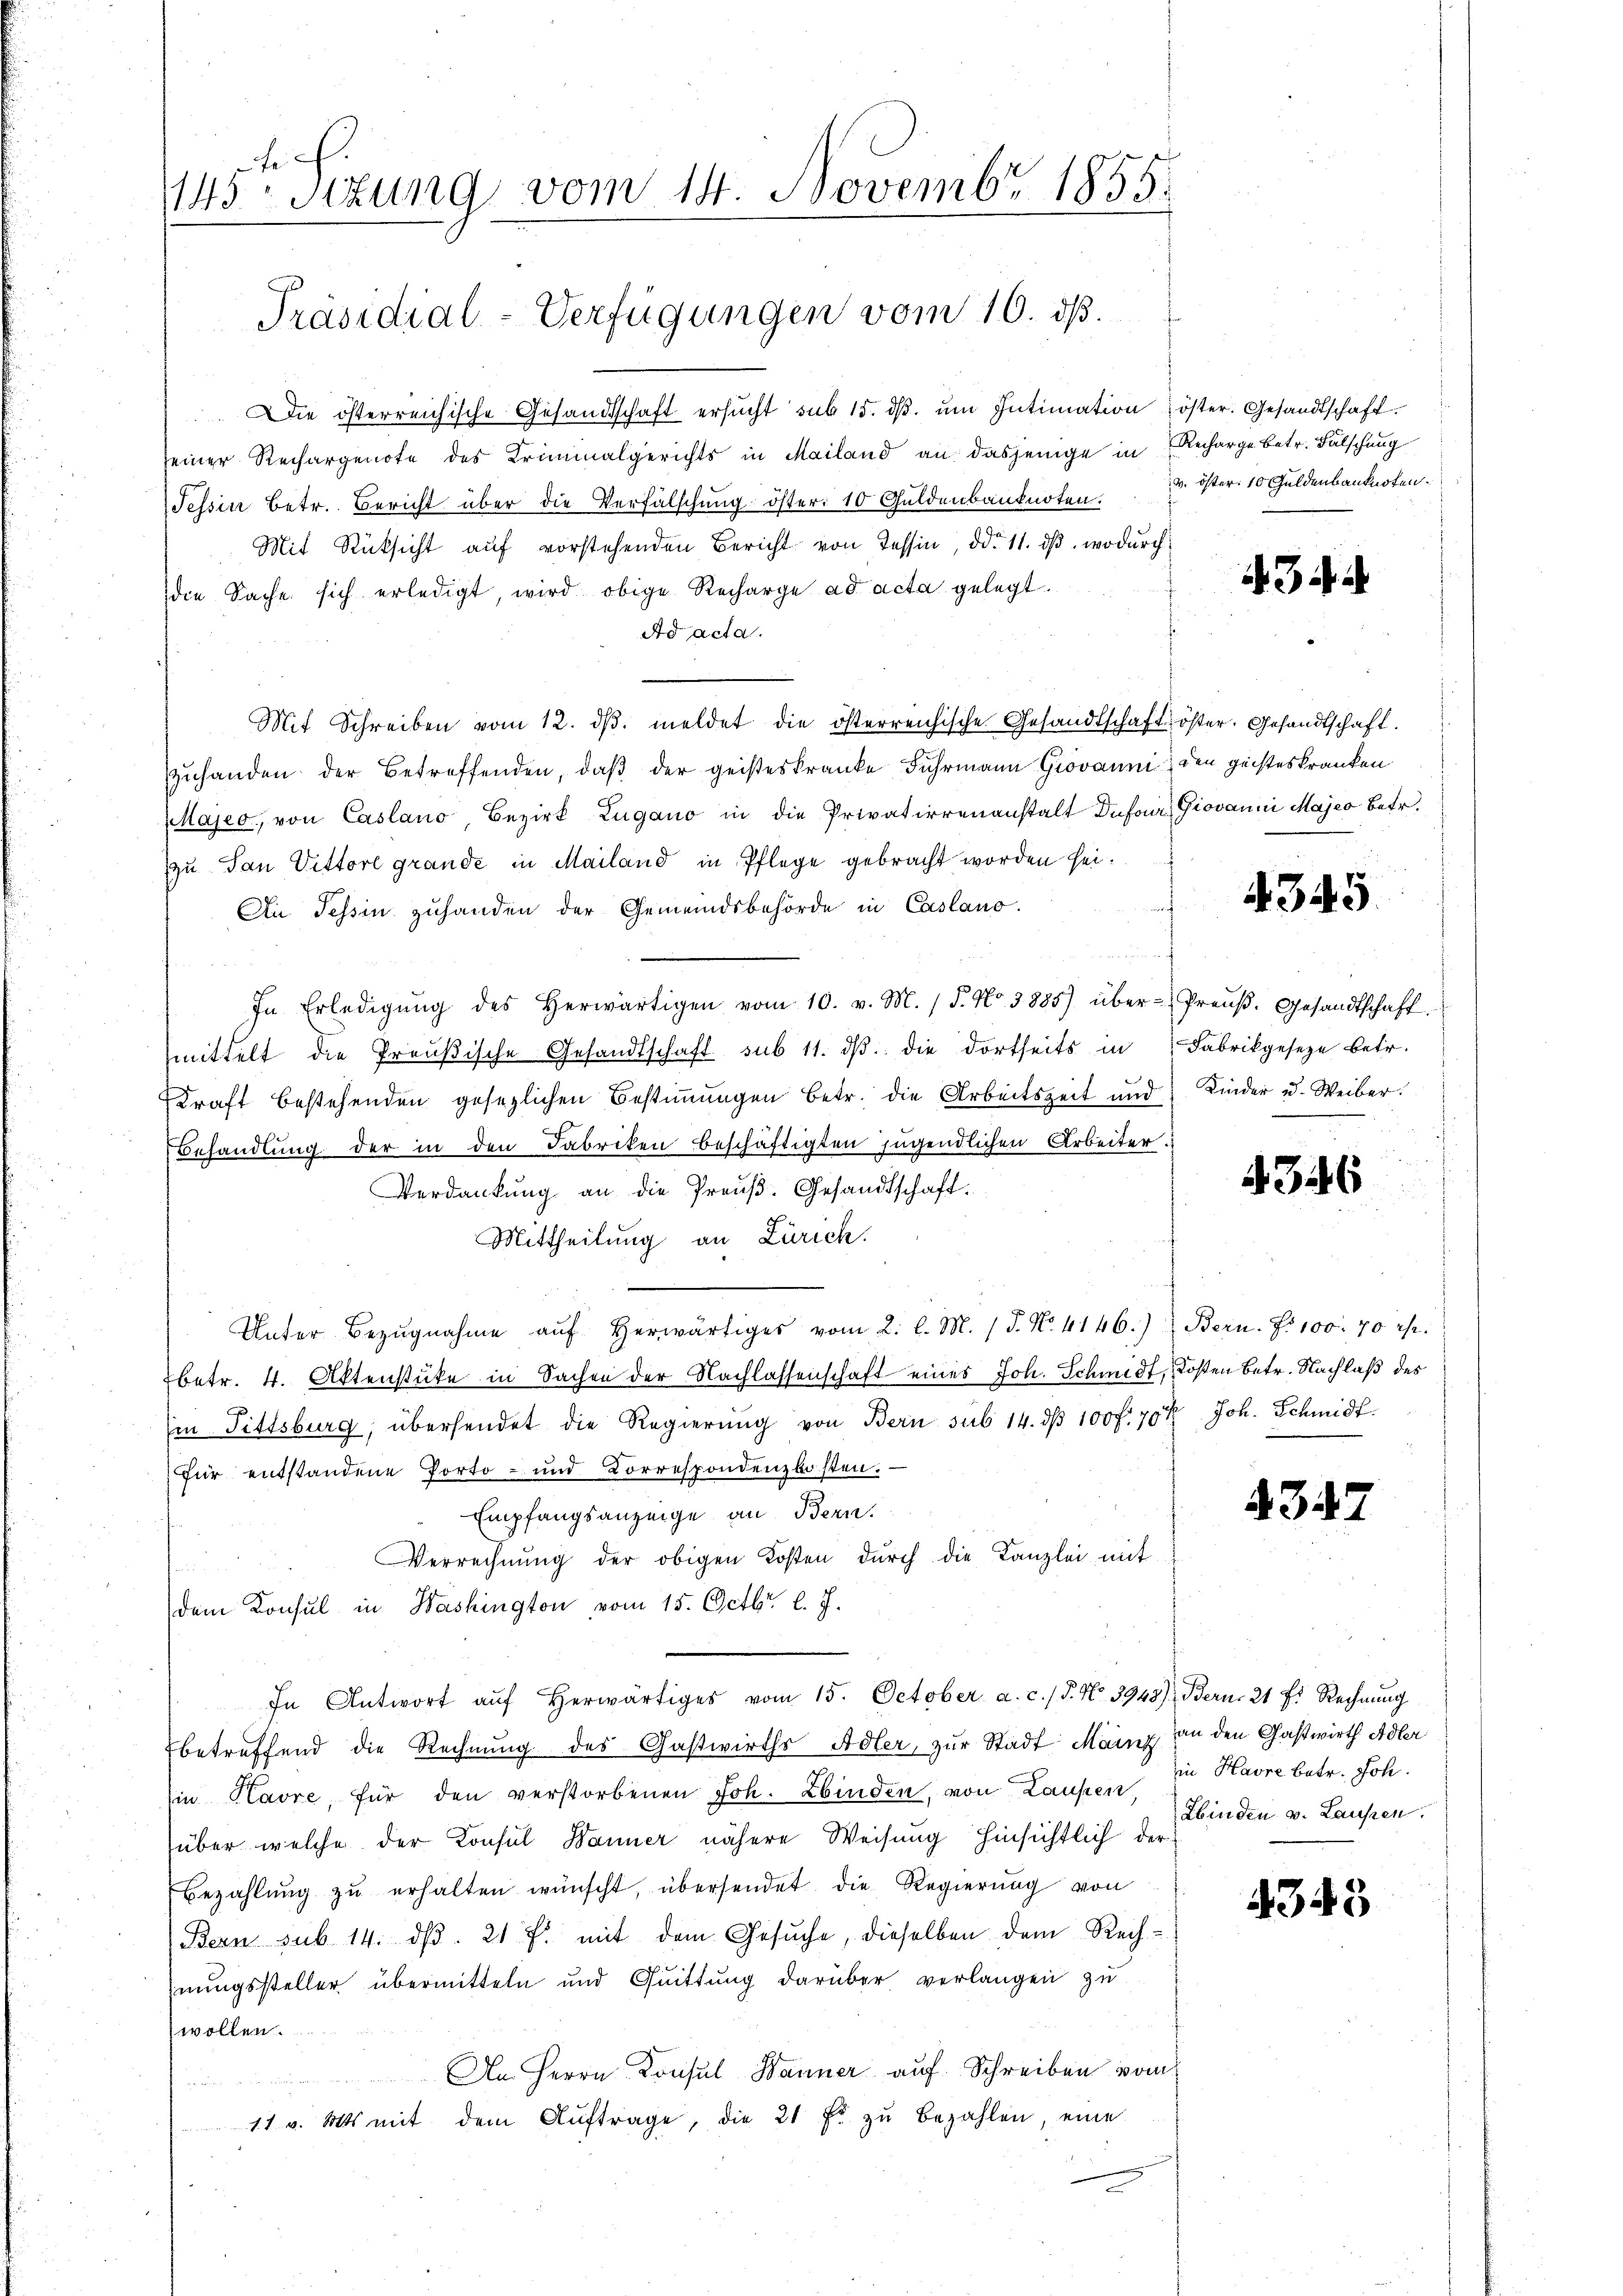
145ten Sizung vom 14. Novembr 1855.

Präsidial-Verfügungen vom 10. dß.

.Die österreichische Gesandtschaft ersŭcht sub 15. dβ. ŭm Intimation öster. Gesandtschaft.
einer Rechargenote des Kriminalgerichts in Mailand an dasjenige in Recharge betr. Fälschung
Tessin Betr. Bericht über die Verfälschung öster: 10 Guldenbanknoten. 3. Oster. 10 Guldenbanknoten.
Mit Rücksicht auf vorstehenden Bericht von Tessin, ddo 11. ds. wodurch
die Sache sich erledigt, wird obige Recharge ad acta gelegt.
Ad acta.
Mit Schreiben vom 12. dβ. meldet die österreichische Gesandtschaft öster. Gesandtschaft.
zuhanden der Betreffenden, daß der geisteskranke Fuhrmann Grovanni den geisteskranken
Majeo, von Casano Bezirk Lugano in die Privatierenanstalt Dufour, Giovanni Majes betr.
zu San Vittore grande in Mailand in Pflege gebracht worden sei.
f
An Tessin zuhanden der Gemeindsbehörde in Caslano.
In Erledigŭng des herwärtigen vom 10. v. M. (T. No. 3885) über-Preŭβ. Gesandtschaft.
mittelt die Preußische Gesandtschaft sub 11. dβ die dortseits in Fabrikgeseze betr.
Kraft bestehenden gesezlichen Bestimmungen betr. die Arbeitszeit und
Behandlung der in den Fabriken beschäftigten Jugendlichen Arbeiter.
Verdankung an die Preuß. Gesandtschaft.
Mittheilung an Zürich.
Unter Bezŭgnahme aŭf herwärtiges vom 2. l. M. 1 S. Nr. 4146.) Bern. Fr. 100. 70 rp.
betr. 4. Aktenstüke in Sachen der Nachlassenschaft eines Joh. Schmidt, Kosten betr. Nachlaß des
in Fittsburg, übersendet die Regierŭng von Bern sub 14. dβ 100 f. 70 % Joh. Schmidt
für entstandene Porto- und Korrespondenzlosten.
Empfangsanzeige an Bern.
Verrechnung der obigen Kosten durch die Kanzlei mit
dem Konsul in Washington vom 15. Octbr. l. J.
In Antwort aŭf herwärtiges vom 15. October a. c. / 5. No. 3948) Bern, 21 f. Rechnŭng
betreffend die Rechnung des Gastwirths Adler, zur Stadt Manig an den Chaßwirth Adler
in Havre, für den verstorbenen Joh. binden, von Laufen,
über welche der Konsul Banner nähere Weisung hinsichtlich der
Bezahlung zu erhalten wünscht, übersendet die Regierung von
Bern sub 14. dβ. 21 f. mit dem Gesŭche, dieselben dem Rech
nungssteller übermitteln und Quittung darüber verlangen zu
wollen.
An Herrn Konsul Danner auf Schreiben vom
11 v. Mts. mit dem Aŭftrage, die 21 fr zŭ bezahlen, eine

3

345.

Kinder u. Weiber.

4346

4342

in Havre betr. Joh.
Sbinden v. Laufen.

4343